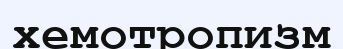
хемотропизм